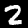
Digit: 2